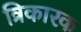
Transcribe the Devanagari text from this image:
त्रिकारक